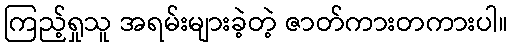
ကြည့်ရှုသူ အရမ်းများခဲ့တဲ့ ဇာတ်ကားတကားပါ။